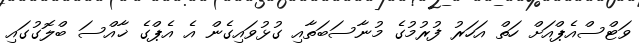
ވަޓްސްއެޕްއަށް ހަތް އަހަރު ފުރުމުގެ މުނާސަބަތާއި ގުޅުވައިގެން އެ އެޕްގެ ޚާއްސަ ބްލޮގުގައި